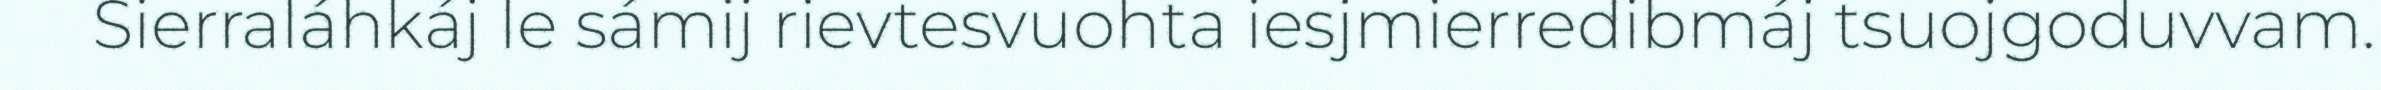
Sierraláhkáj le sámij rievtesvuohta iesjmierredibmáj tsuojgoduvvam.